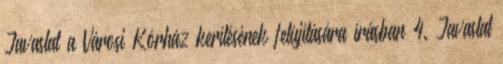
Javaslat a Városi Kórház kerítésének felújítására írásban 4. Javaslat